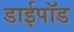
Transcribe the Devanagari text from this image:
डाईपॉड